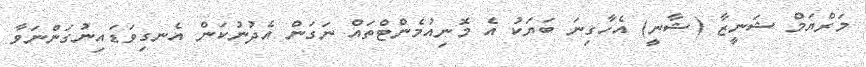
މަރްޔަމް ޝަނީޒާ (ޝާނީ) އެހާގިނަ ބަޔަކު އެ މޮނިއުމެންޓްތައް ނަގަން އެދުނުކަން އެނގިވަޑައިނުގަންނަވާ